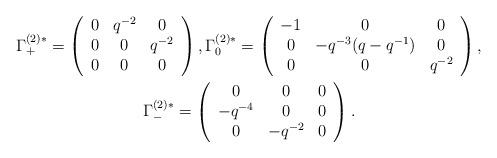
LaTeX: \begin{gather*}\Gamma_{+}^{(2)*} = \left(\begin{array}{ccc}0 & q^{-2} & 0\\0 & 0 & q^{-2}\\0 & 0 & 0\end{array}\right),\Gamma_{0}^{(2)*} = \left(\begin{array}{ccc}-1 & 0 & 0\\0 & -q^{-3} (q - q^{-1}) & 0\\0 & 0 & q^{-2}\end{array}\right), \\\Gamma_{-}^{(2)*} = \left(\begin{array}{ccc}0 & 0 & 0\\-q^{-4} & 0 & 0\\0 & -q^{-2} & 0\end{array}\right).\end{gather*}